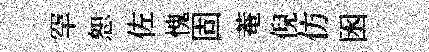
罕恕佐愧固菴倪仿囦